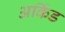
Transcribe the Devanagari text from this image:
अर्किड